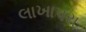
લાખાપરા